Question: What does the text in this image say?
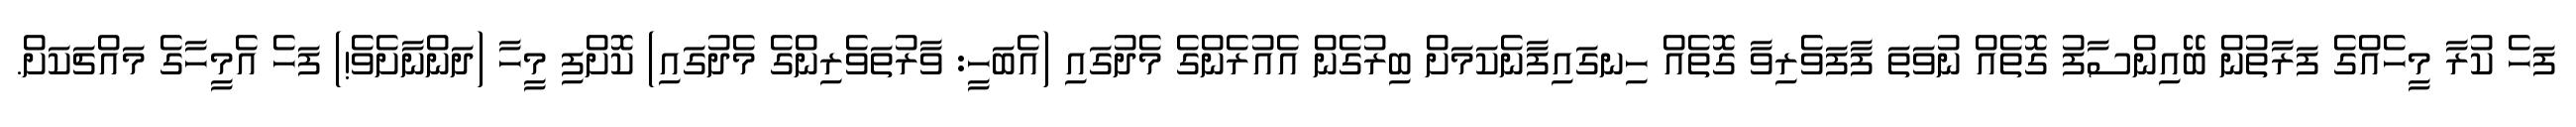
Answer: ފަހެ ކުރާ މީހެއްގެ ފަރާތުން ބޭއިންސާފު ގޮތެއް ނުވަތަ ފާފަވެރިވާ ގޮތެއް ހިނގައިފާނެކަމަށް ބިރުގެން އެއުރެންގެ މެދުގައި (އެބަހީ: ވާރުތަވެރިންގެ މެދުގައި) ކޮށްފި މީހާ (ދަންނާށެވެ!) ފަހެ އެމީހާގެ މައްޗަކަށް.